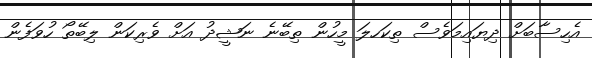
އެހިސާބަށް ދިޔައިމަވެސް ތިކަހލަ މީހުން ތިބޭނެ ނަޝީދު އަށް ވެރިކަން ލިބޭތޯ ހުވަފެން